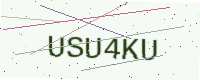
Text: USU4KU